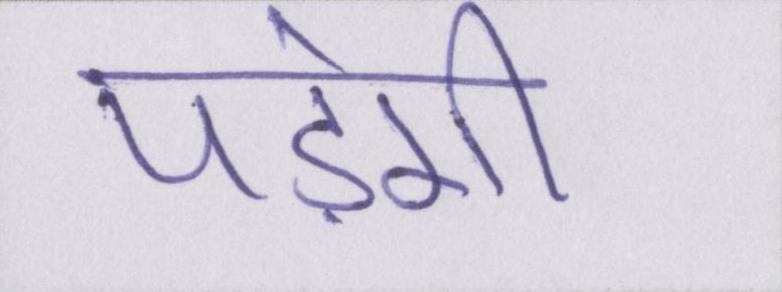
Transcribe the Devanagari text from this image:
पड़ेगी।